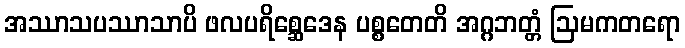
အဿာသပဿာသာပိ ဖလပရိစ္ဆေဒေန ပစ္စတေတိ အဂ္ဂဘတ္တံ ဩမကတရော